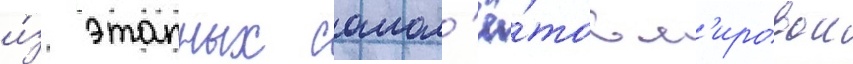
и́з этапных самол'ё́тов м'ировои